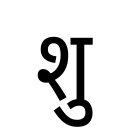
OCR:
शु